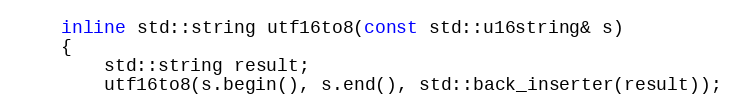
Language: C
    inline std::string utf16to8(const std::u16string& s)
    {
        std::string result;
        utf16to8(s.begin(), s.end(), std::back_inserter(result));